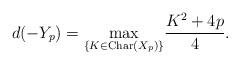
LaTeX: \begin{align*}\displaystyle d(-Y_p)= \underset{\{K\in\mathrm{Char}(X_p)\}}{\max} \frac{K^2+4p}{4}.\end{align*}